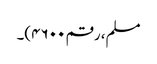
مسلم، رقم ۴۶۰۰)۔